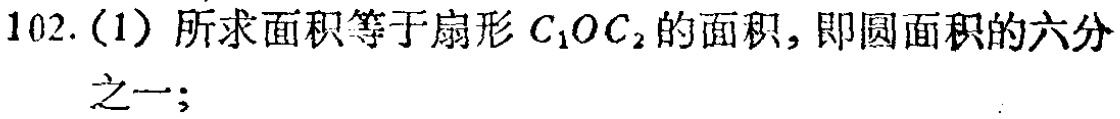
102. (1) 所求面积等于扇形\(C_{1}OC_{2}\)的面积, 即圆面积的六分之一;